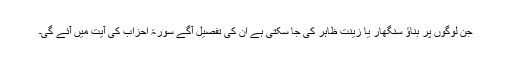
جن لوگوں پر بناؤ سنگھار یا زینت ظاہر کی جا سکتی ہے ان کی تفصیل آگے سورۃ احزاب کی آیت میں آئے گی۔